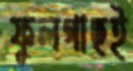
ফুলগাছই